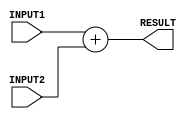
/*
 *
 *	Part 3
 *	Adder
 * 
 *
 */


module adder(RESULT, INPUT1, INPUT2);
	
	// port declaration
	input [31:0] INPUT1, INPUT2;
	output [31:0] RESULT;
	
	assign #1 RESULT = INPUT1 + INPUT2;

endmodule